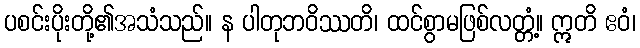
ပစင်းပိုးတို့၏အသံသည်။ န ပါတုဘဝိဿတိ၊ ထင်စွာမဖြစ်လတ္တံ့။ ဣတိ ဧဝံ၊